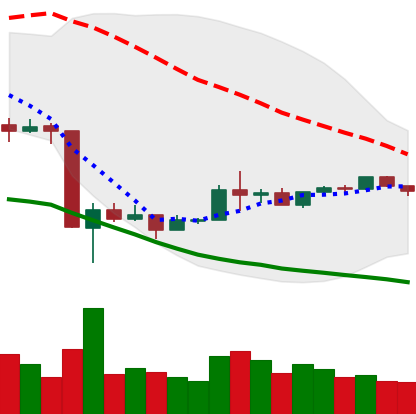
Ticker: BNB-USD
Chart end date: 2020-03-28
Forward return: 7.164%
Label: up_7plus